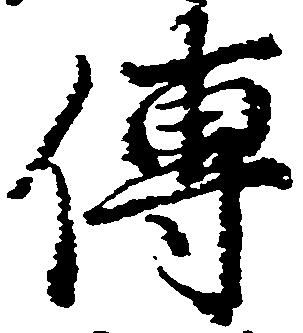
伝